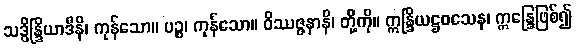
သဒ္ဓိန္ဒြိယာဒီနိ၊ ကုန်သော။ ပဉ္စ၊ ကုန်သော။ ဝိဿဇ္ဇနာနိ၊ တို့ကို။ ဣန္ဒြိယဋ္ဌဝသေန၊ ဣန္ဒြေဖြစ်၍